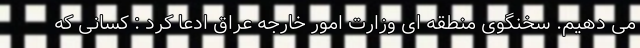
می دهیم. سخنگوی منطقه ای وزارت امور خارجه عراق ادعا کرد : کسانی که